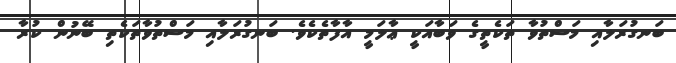
ބަނގުރަލާއި މަސްތުވާ ތަކެތީގެ ވަބާއަކީ ޢާލަމީ އާފާތެކެވެ. ބަނގުރަލާއި މަސްތުވާތަކެތި ބޭނުން ކުރާ